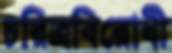
চরিত্রবিরোধী